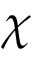
\chi